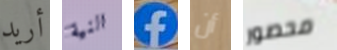
أريد النية f أن محصور